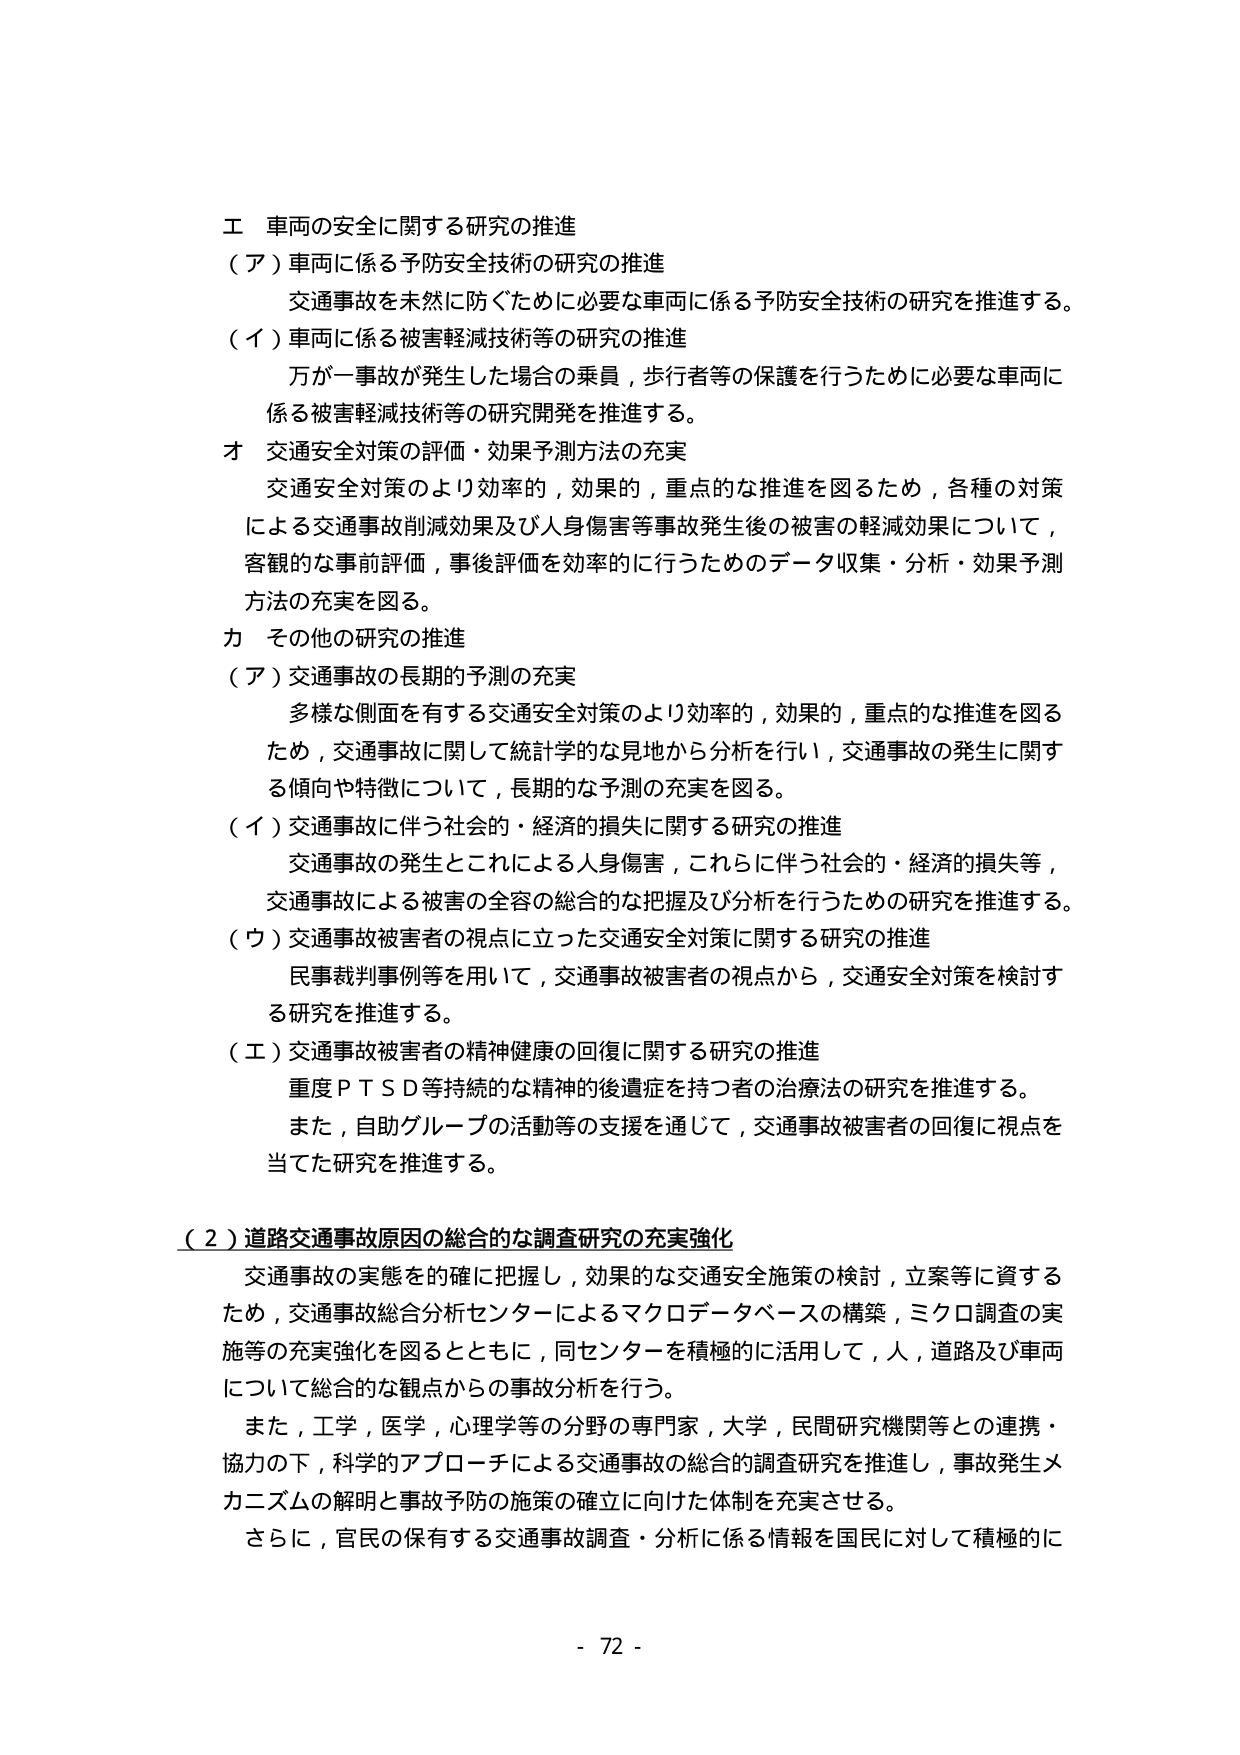
エ 車両の安全に関する研究の推進
（ア）車両に係る予防安全技術の研究の推進
　交通事故を未然に防ぐために必要な車両に係る予防安全技術の研究を推進する。
（イ）車両に係る被害軽減技術等の研究の推進
　万が一事故が発生した場合の乗員，歩行者等の保護を行うために必要な車両に
　係る被害軽減技術等の研究開発を推進する。
オ 交通安全対策の評価・効果予測方法の充実
　交通安全対策のより効率的，効果的，重点的な推進を図るため，各種の対策
　による交通事故削減効果及び人身傷害等事故発生後の被害の軽減効果について，
　客観的な事前評価，事後評価を効率的に行うためのデータ収集・分析・効果予測
　方法の充実を図る。
カ その他の研究の推進
（ア）交通事故の長期的予測の充実
　多様な側面を有する交通安全対策のより効率的，効果的，重点的な推進を図る
　ため，交通事故に関して統計学的な見地から分析を行い，交通事故の発生に関す
　る傾向や特徴について，長期的な予測の充実を図る。
（イ）交通事故に伴う社会的・経済的損失に関する研究の推進
　交通事故の発生とこれによる人身傷害，これらに伴う社会的・経済的損失等，
　交通事故による被害の全容の総合的な把握及び分析を行うための研究を推進する。
（ウ）交通事故被害者の視点に立った交通安全対策に関する研究の推進
　民事裁判事例等を用いて，交通事故被害者の視点から，交通安全対策を検討す
　る研究を推進する。
（エ）交通事故被害者の精神健康の回復に関する研究の推進
　重度ＰＴＳＤ等持続的な精神的後遺症を持つ者の治療法の研究を推進する。
　また，自助グループの活動等の支援を通じて，交通事故被害者の回復に視点を
　当てた研究を推進する。

（２）道路交通事故原因の総合的な調査研究の充実強化
　交通事故の実態を的確に把握し，効果的な交通安全施策の検討，立案等に資する
　ため，交通事故総合分析センターによるマクロデータベースの構築，ミクロ調査の実
　施等の充実強化を図るとともに，同センターを積極的に活用して，人，道路及び車両
　について総合的な観点からの事故分析を行う。
　また，工学，医学，心理学等の分野の専門家，大学，民間研究機関等との連携・
　協力の下，科学的アプローチによる交通事故の総合的調査研究を推進し，事故発生メ
　カニズムの解明と事故予防の施策の確立に向けた体制を充実させる。
　さらに，官民の保有する交通事故調査・分析に係る情報を国民に対して積極的に

- 72 -